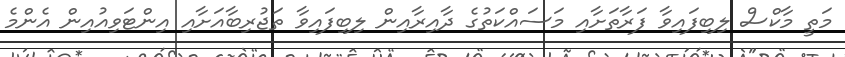
މަތީ މާކްސް ލިބިފައިވާ ފަރާތަށާއި މަސައްކަތުގެ ދާއިރާއިން ލިބިފައިވާ ތަޖުރިބާއަށާއި އިންޓަވިއުއިން އެންމެ